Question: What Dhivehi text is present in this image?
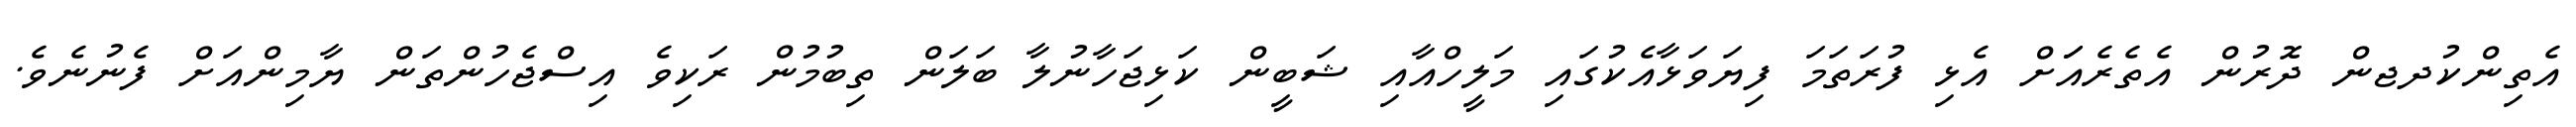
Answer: އެތިންކުދޖން ދޮރުން އެތެރެއަަށް އެޅި ފުރަތަމަ ފިޔަވަޅާއެކުގައި މަލީހްއާއި ޝަބީން ކަޅިޖަހާނުލާ ބަލަން ތިބުމުން ރަކިވެ އިސްޖެހުންތަން ޔާމިންއަށް ފެނުނެވެ.